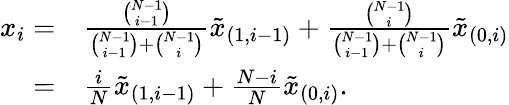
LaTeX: \begin{array}{rl}{x_{i}=}&{{}\frac{\binom{N-1}{i-1}}{\binom{N-1}{i-1}+\binom{N-1}{i}}\tilde{x}_{(1,i-1)}+\frac{\binom{N-1}{i}}{\binom{N-1}{i-1}+\binom{N-1}{i}}\tilde{x}_{(0,i)}}\\ {=}&{{}\frac{i}{N}\tilde{x}_{(1,i-1)}+\frac{N-i}{N}\tilde{x}_{(0,i)}.}\end{array}